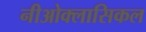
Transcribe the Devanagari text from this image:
नीओक्लासिकल